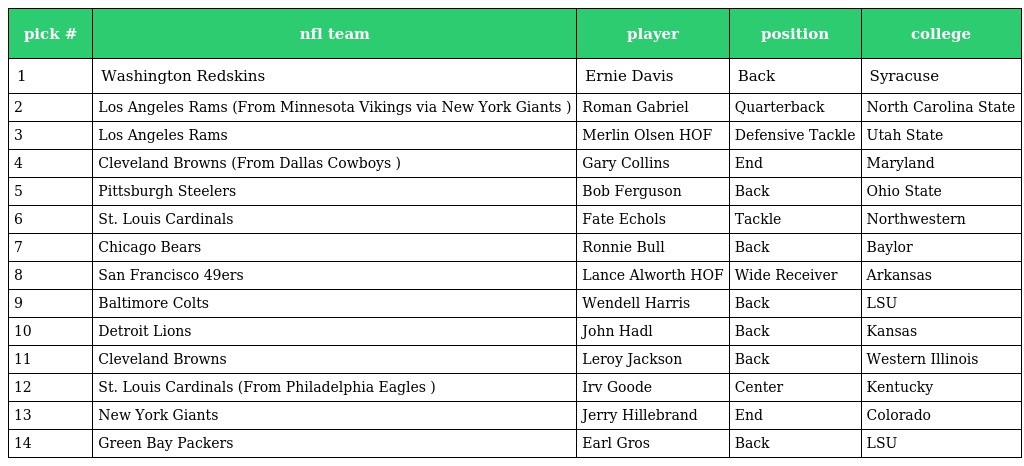
| pick # | nfl team | player | position | college |
 | --- | --- | --- | --- | --- |
 | 1 | Washington Redskins | Ernie Davis | Back | Syracuse |
 | 2 | Los Angeles Rams (From Minnesota Vikings via New York Giants ) | Roman Gabriel | Quarterback | North Carolina State |
 | 3 | Los Angeles Rams | Merlin Olsen HOF | Defensive Tackle | Utah State |
 | 4 | Cleveland Browns (From Dallas Cowboys ) | Gary Collins | End | Maryland |
 | 5 | Pittsburgh Steelers | Bob Ferguson | Back | Ohio State |
 | 6 | St. Louis Cardinals | Fate Echols | Tackle | Northwestern |
 | 7 | Chicago Bears | Ronnie Bull | Back | Baylor |
 | 8 | San Francisco 49ers | Lance Alworth HOF | Wide Receiver | Arkansas |
 | 9 | Baltimore Colts | Wendell Harris | Back | LSU |
 | 10 | Detroit Lions | John Hadl | Back | Kansas |
 | 11 | Cleveland Browns | Leroy Jackson | Back | Western Illinois |
 | 12 | St. Louis Cardinals (From Philadelphia Eagles ) | Irv Goode | Center | Kentucky |
 | 13 | New York Giants | Jerry Hillebrand | End | Colorado |
 | 14 | Green Bay Packers | Earl Gros | Back | LSU |